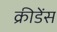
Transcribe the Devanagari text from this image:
क्रीडेंस